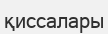
қиссалары